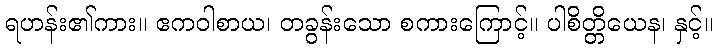
ရဟန်း၏ကား။ ဧကဝါစာယ၊ တခွန်းသော စကားကြောင့်။ ပါစိတ္တိယေန၊ နှင့်။